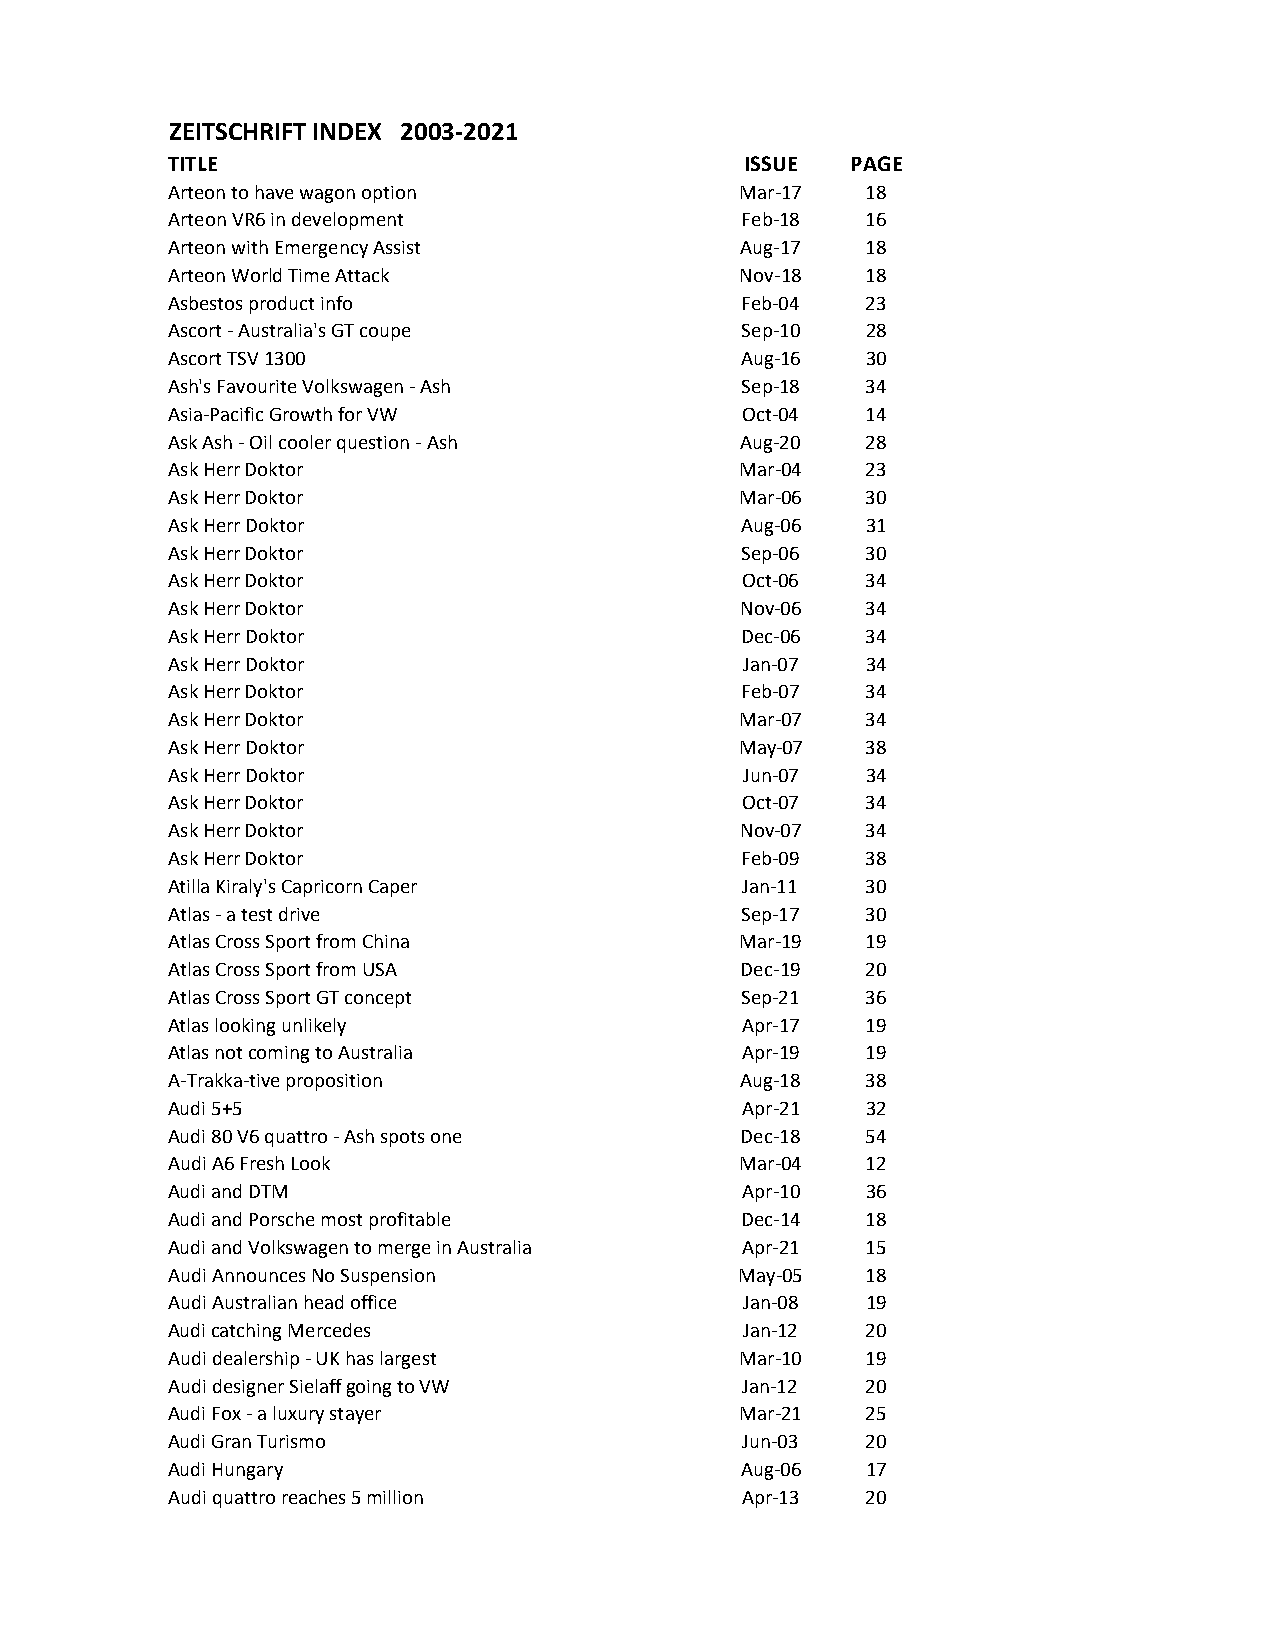
ZEITSCHRIFT INDEX 2003-2021
 TITLE                                 ISSUE  PAGE
 Arteon to have wagon option           Mar-17  18
 Arteon VR6 in development             Feb-18  16
 Arteon with Emergency Assist          Aug-17  18
 Arteon World Time Attack              Nov-18  18
 Asbestos product info                 Feb-04  23
 Ascort - Australia's GT coupe         Sep-10  28
 Ascort TSV 1300                       Aug-16  30
 Ash's Favourite Volkswagen - Ash      Sep-18  34
 Asia-Pacific Growth for VW            Oct-04  14
 Ask Ash - Oil cooler question - Ash   Aug-20  28
 Ask Herr Doktor                       Mar-04  23
 Ask Herr Doktor                       Mar-06  30
 Ask Herr Doktor                       Aug-06  31
 Ask Herr Doktor                       Sep-06  30
 Ask Herr Doktor                       Oct-06  34
 Ask Herr Doktor                       Nov-06  34
 Ask Herr Doktor                       Dec-06  34
 Ask Herr Doktor                       Jan-07  34
 Ask Herr Doktor                       Feb-07  34
 Ask Herr Doktor                       Mar-07  34
 Ask Herr Doktor                       May-07  38
 Ask Herr Doktor                       Jun-07  34
 Ask Herr Doktor                       Oct-07  34
 Ask Herr Doktor                       Nov-07  34
 Ask Herr Doktor                       Feb-09  38
 Atilla Kiraly's Capricorn Caper       Jan-11  30
 Atlas - a test drive                  Sep-17  30
 Atlas Cross Sport from China          Mar-19  19
 Atlas Cross Sport from USA            Dec-19  20
 Atlas Cross Sport GT concept          Sep-21  36
 Atlas looking unlikely                Apr-17  19
 Atlas not coming to Australia         Apr-19  19
 A-Trakka-tive proposition             Aug-18  38
 Audi 5+5                              Apr-21  32
 Audi 80 V6 quattro - Ash spots one    Dec-18  54
 Audi A6 Fresh Look                    Mar-04  12
 Audi and DTM                          Apr-10  36
 Audi and Porsche most profitable      Dec-14  18
 Audi and Volkswagen to merge in Australia Apr-21 15
 Audi Announces No Suspension          May-05  18
 Audi Australian head office           Jan-08  19
 Audi catching Mercedes                Jan-12  20
 Audi dealership - UK has largest      Mar-10  19
 Audi designer Sielaff going to VW     Jan-12  20
 Audi Fox - a luxury stayer            Mar-21  25
 Audi Gran Turismo                     Jun-03  20
 Audi Hungary                          Aug-06  17
 Audi quattro reaches 5 million        Apr-13  20